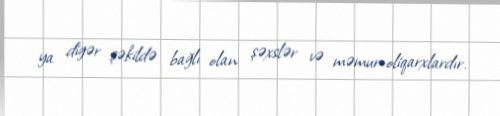
ya digər şəkildə bağlı olan şəxslər və məmur-oliqarxlardır.